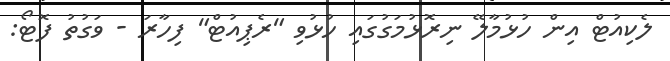
ލެކިއުޓް އިން ހުޅުމާލޭ ނިރޮޅުމަގުގައި ހުޅުވި "ރެޕިއުޓް" ފިހާރަ - ވަގުތު ފޮޓޯ: